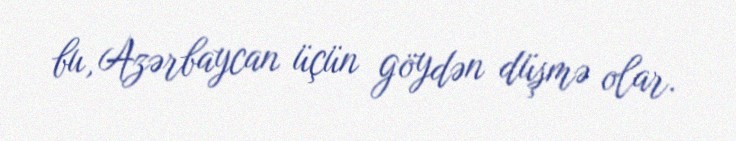
bu, Azərbaycan üçün göydən düşmə olar.